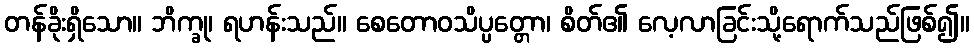
တန်ခိုးရှိသော။ ဘိက္ခု၊ ရဟန်းသည်။ စေတောဝသိပ္ပတ္တော၊ စိတ်၏ လေ့လာခြင်းသို့ရောက်သည်ဖြစ်၍။